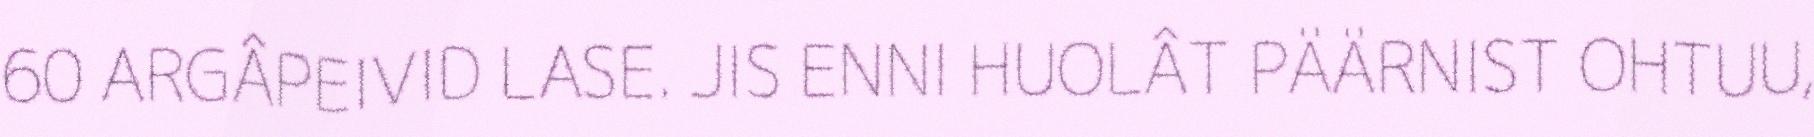
60 ARGÂPEIVID LASE. JIS ENNI HUOLÂT PÄÄRNIST OHTUU,